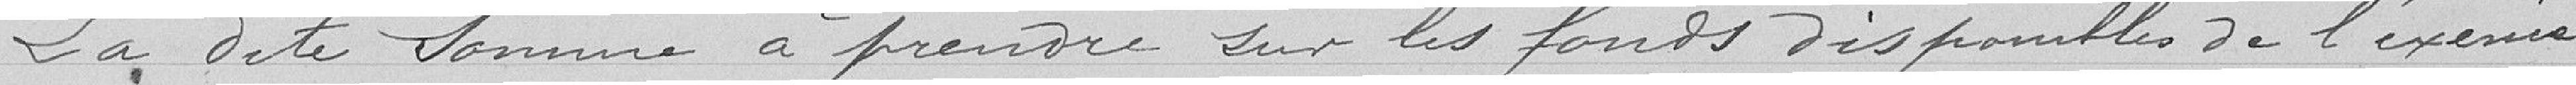
La dite somme à prendre sur les fonds disponibles de l'exercice